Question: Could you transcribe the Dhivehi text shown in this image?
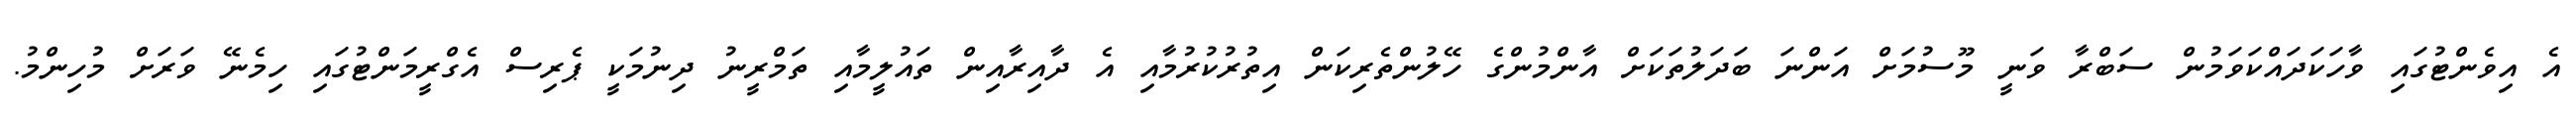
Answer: އެ އިވެންޓުގައި ވާހަކަދައްކަވަމުން ސަބްރާ ވަނީ މޫސުމަށް އަންނަ ބަދަލުތަކަށް އާންމުންގެ ހޭލުންތެރިކަން އިތުރުކުރުމާއި އެ ދާއިރާއިން ތައުލީމާއި ތަމްރީނު ދިނުމަކީ ޕެރިސް އެގްރީމަންޓުގައި ހިމެނޭ ވަރަށް މުހިންމު.